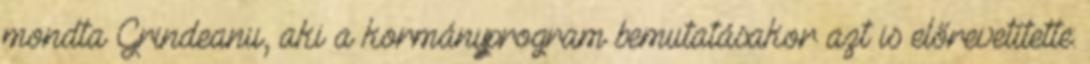
mondta Grindeanu, aki a kormányprogram bemutatásakor azt is előrevetítette: